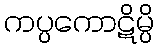
ကပ္ပကောဋိမ္ပိ